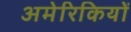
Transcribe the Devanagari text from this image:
अमेरिकियों